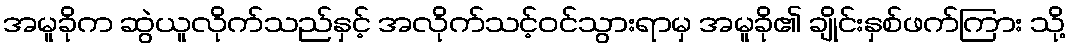
အမူခိုက ဆွဲယူလိုက်သည်နှင့် အလိုက်သင့်ဝင်သွားရာမှ အမူခို၏ ချိုင်းနှစ်ဖက်ကြား သို့